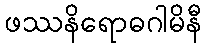
ဖဿနိရောဓဂါမိနီ